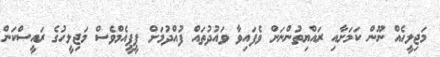
މަޖިލީހެއް ނޫން ކަމަށާއި ރައްޔިތުންނަށް ވެފައިވާ ވައުދުތައް ފުއްދުމަށް ޕީޕީއެމްވެސް މަޖިލީހުގެ ރައީސްކަން